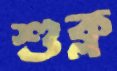
শুক্ল